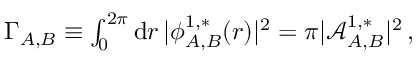
\begin{array} { r } { \Gamma _ { A , B } \equiv \int _ { 0 } ^ { 2 \pi } \mathrm { d } { r } \, \vert \phi _ { A , B } ^ { 1 , * } ( { r } ) \vert ^ { 2 } = \pi \vert \mathcal { A } _ { A , B } ^ { 1 , * } \vert ^ { 2 } \, , } \end{array}